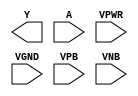
/**
 * Copyright 2020 The SkyWater PDK Authors
 *
 * Licensed under the Apache License, Version 2.0 (the "License");
 * you may not use this file except in compliance with the License.
 * You may obtain a copy of the License at
 *
 *     https://www.apache.org/licenses/LICENSE-2.0
 *
 * Unless required by applicable law or agreed to in writing, software
 * distributed under the License is distributed on an "AS IS" BASIS,
 * WITHOUT WARRANTIES OR CONDITIONS OF ANY KIND, either express or implied.
 * See the License for the specific language governing permissions and
 * limitations under the License.
 *
 * SPDX-License-Identifier: Apache-2.0
 */

`ifndef SKY130_FD_SC_HD__CLKINVLP_PP_BLACKBOX_V
`define SKY130_FD_SC_HD__CLKINVLP_PP_BLACKBOX_V

/**
 * clkinvlp: Lower power Clock tree inverter.
 *
 * Verilog stub definition (black box with power pins).
 *
 * WARNING: This file is autogenerated, do not modify directly!
 */

`timescale 1ns / 1ps
`default_nettype none

(* blackbox *)
module sky130_fd_sc_hd__clkinvlp (
    Y   ,
    A   ,
    VPWR,
    VGND,
    VPB ,
    VNB
);

    output Y   ;
    input  A   ;
    input  VPWR;
    input  VGND;
    input  VPB ;
    input  VNB ;
endmodule

`default_nettype wire
`endif  // SKY130_FD_SC_HD__CLKINVLP_PP_BLACKBOX_V